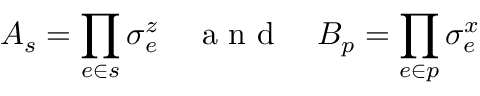
A _ { s } = \prod _ { e \in s } \sigma _ { e } ^ { z } \quad \mathrm { ~ a ~ n ~ d ~ } \quad B _ { p } = \prod _ { e \in p } \sigma _ { e } ^ { x }